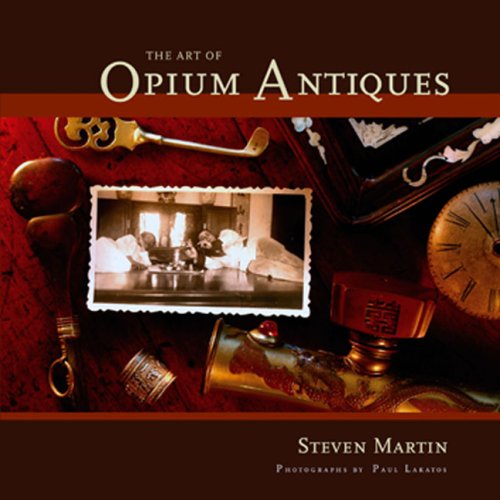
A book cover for The Art of Opium Antiques; Steven Martin; Humor & Entertainment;